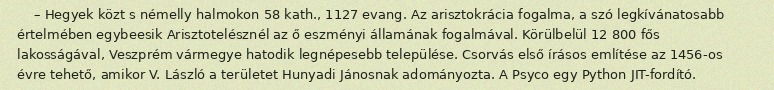
– Hegyek közt s némelly halmokon 58 kath., 1127 evang. Az arisztokrácia fogalma, a szó legkívánatosabb értelmében egybeesik Arisztotelésznél az ő eszményi államának fogalmával. Körülbelül 12 800 fős lakosságával, Veszprém vármegye hatodik legnépesebb települése. Csorvás első írásos említése az 1456-os évre tehető, amikor V. László a területet Hunyadi Jánosnak adományozta. A Psyco egy Python JIT-fordító.